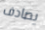
يصادف